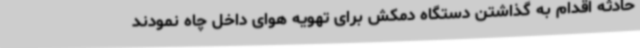
حادثه اقدام به گذاشتن دستگاه دمکش برای تهویه هوای داخل چاه نمودند